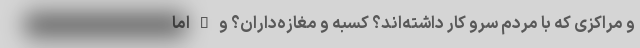
و مراکزی که با مردم سرو کار داشته‌اند؟ کسبه و مغازه‌داران؟ و … اما